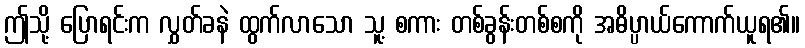
ဤသို့ ပြောရင်းက လွှတ်ခနဲ ထွက်လာသော သူ့ စကား တစ်ခွန်းတစ်စကို အဓိပ္ပာယ်ကောက်ယူရ၏။